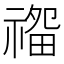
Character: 𰨏